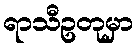
ရာသီဥတုမှာ